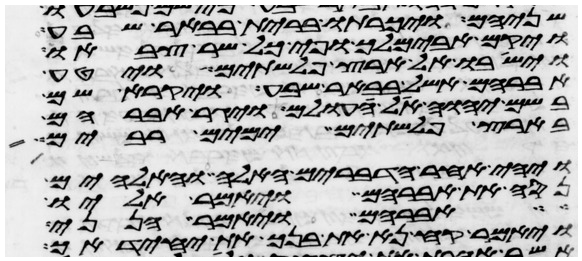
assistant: שניהם ויכרתו ברית בבאר שבע
ויקם אבימלך ופי כל שר צבאו
וישבו אל ארץ פלשתים ויטע
אברהם אשל בבאר שבע ויקרא שם
בשם יהוה אל עולם ויגר אברהם
בארץ פלשתים ימים רבים
ויהי אחר הדברים האלה והאלהים
נסה את אברהם ויאמר אליו
אברהם ויאמר הנני
ויאמר קח נא את בנך את יחידך